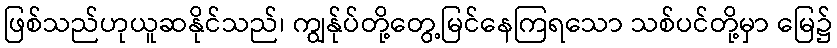
ဖြစ်သည်ဟုယူဆနိုင်သည်၊ ကျွန်ုပ်တို့တွေ့မြင်နေကြရသော သစ်ပင်တို့မှာ မြေ၌